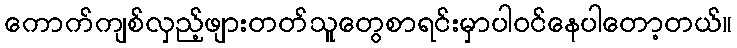
ကောက်ကျစ်လှည့်ဖျားတတ်သူတွေစာရင်းမှာပါဝင်နေပါတော့တယ်။